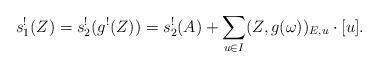
LaTeX: \begin{align*}s_1^{!}(Z)=s_2^!(g^!(Z))=s_2^{!}(A)+\sum_{u\in I} (Z, g(\omega))_{E,u}\cdot [u].\end{align*}